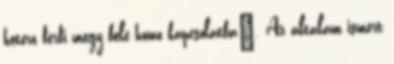
hetero férfi megy bele homo kapcsolatba". Az általam ismert